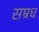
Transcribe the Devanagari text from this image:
सम्रध